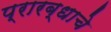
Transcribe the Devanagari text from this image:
प्रारब्धाचे